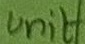
Text: Unit